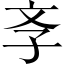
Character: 斈